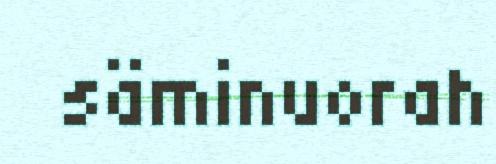
säminuorah